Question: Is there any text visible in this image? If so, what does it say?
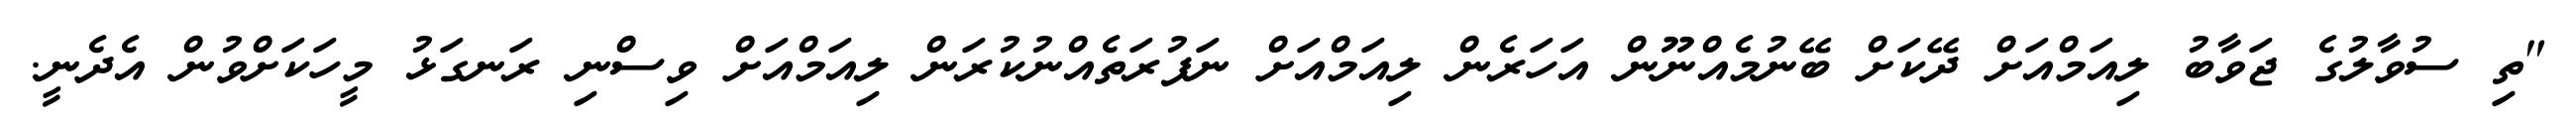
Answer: "ތި ސުވާލުގެ ޖަވާބު ލިއަމްއަށް ދޭކަށް ބޭނުމެއްނޫން އަހަރެން ލިއަމްއަށް ނަފުރަތެއްނުކުރަން ލިއަމްއަށް ވިސްނި ރަނގަޅު މީހަކަށްވުން އެދެނީ.